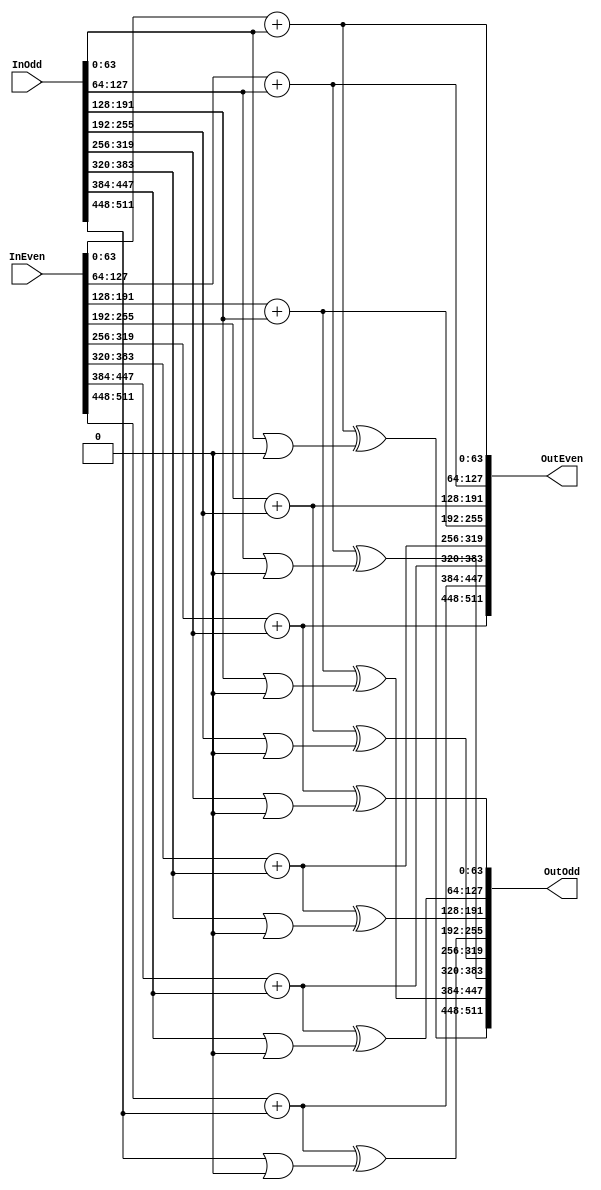
`timescale 1ns / 1ps
`default_nettype none

`define IDX64(x)            ((x) << 6)+:64
`define ROTL64(x, y)		(((x) << (y)) | ((x) >> (64 - (y))))

//`define PIPED_MIX8			1

`ifdef PIPED_MIX8

// Problem: Rotation constants aren't right for the output when piped
// Possible solution: Rotate the odd values before storing in TempOdd?
module SkeinMix8(output wire [511:0] OutEven, output wire [511:0] OutOdd, input wire [511:0] InEven, input wire [511:0] InOdd, input wire clk);
	
	parameter R0 = 0, R1 = 0, R2 = 0, R3 = 0, R4 = 0, R5 = 0, R6 = 0, R7 = 0;
	genvar x;
	
	wire [511:0] TempEven;
	reg [511:0] TempEven2, TempOdd;

	for(x = 0; x < 8; x = x + 1)
	begin : MIXADDLOOP
		//assign TempEven[`IDX64(x)] = InEven[`IDX64(x)] + InOdd[`IDX64(x)];
		TripleAdd64_Piped MuhAdd(InEven[`IDX64(x)], InOdd[`IDX64(x)], 64'h0, TempEven[`IDX64(x)], clk);
	end
	
	always @(posedge clk)
	begin
		TempEven2 <= TempEven;
		TempOdd[`IDX64(4)] <= `ROTL64(InOdd[`IDX64(4)], R4);
		TempOdd[`IDX64(6)] <= `ROTL64(InOdd[`IDX64(6)], R6);
		TempOdd[`IDX64(5)] <= `ROTL64(InOdd[`IDX64(5)], R5);
		TempOdd[`IDX64(7)] <= `ROTL64(InOdd[`IDX64(7)], R7);
		TempOdd[`IDX64(3)] <= `ROTL64(InOdd[`IDX64(3)], R3);
		TempOdd[`IDX64(1)] <= `ROTL64(InOdd[`IDX64(1)], R1);
		TempOdd[`IDX64(2)] <= `ROTL64(InOdd[`IDX64(2)], R2);
		TempOdd[`IDX64(0)] <= `ROTL64(InOdd[`IDX64(0)], R0);
	end
	
	// SkeinMix8 permutes the data in the same fashion,
	// every time. For the even half, it is:
	// (0, 1, 3, 2, 5, 6, 7, 4), and for the odd half:
	// (4, 6, 5, 7, 3, 1, 2, 0). These permutations will
	// cause the state to return to its original order
	// after it is done four times in the round functions.
	
	// This function is called a hell of a lot; keep it tighter
	// than a nun's tailhole.

    assign OutOdd[`IDX64(0)] = TempEven[`IDX64(4)] ^ TempOdd[`IDX64(4)];
	assign OutOdd[`IDX64(1)] = TempEven[`IDX64(6)] ^ TempOdd[`IDX64(6)];
	assign OutOdd[`IDX64(2)] = TempEven[`IDX64(5)] ^ TempOdd[`IDX64(5)];
	assign OutOdd[`IDX64(3)] = TempEven[`IDX64(7)] ^ TempOdd[`IDX64(7)];
	assign OutOdd[`IDX64(4)] = TempEven[`IDX64(3)] ^ TempOdd[`IDX64(3)];
	assign OutOdd[`IDX64(5)] = TempEven[`IDX64(1)] ^ TempOdd[`IDX64(1)];
	assign OutOdd[`IDX64(6)] = TempEven[`IDX64(2)] ^ TempOdd[`IDX64(2)];
	assign OutOdd[`IDX64(7)] = TempEven[`IDX64(0)] ^ TempOdd[`IDX64(0)];
	
	assign OutEven[`IDX64(0)] = TempEven[`IDX64(0)];
	assign OutEven[`IDX64(1)] = TempEven[`IDX64(1)];
	assign OutEven[`IDX64(2)] = TempEven[`IDX64(3)];
	assign OutEven[`IDX64(3)] = TempEven[`IDX64(2)];
	assign OutEven[`IDX64(4)] = TempEven[`IDX64(5)];
	assign OutEven[`IDX64(5)] = TempEven[`IDX64(6)];
	assign OutEven[`IDX64(6)] = TempEven[`IDX64(7)];
	assign OutEven[`IDX64(7)] = TempEven[`IDX64(4)];
endmodule


`else

module SkeinMix8(output wire [511:0] OutEven, output wire [511:0] OutOdd, input wire [511:0] InEven, input wire [511:0] InOdd);
	
	parameter R0 = 0, R1 = 0, R2 = 0, R3 = 0, R4 = 0, R5 = 0, R6 = 0, R7 = 0;
	genvar x;
	
	wire [511:0] TempEven, TempOdd;

	for(x = 0; x < 8; x = x + 1)
	begin : MIXADDLOOP
		assign TempEven[`IDX64(x)] = InEven[`IDX64(x)] + InOdd[`IDX64(x)];
	end
	
	// SkeinMix8 permutes the data in the same fashion,
	// every time. For the even half, it is:
	// (0, 1, 3, 2, 5, 6, 7, 4), and for the odd half:
	// (4, 6, 5, 7, 3, 1, 2, 0). These permutations will
	// cause the state to return to its original order
	// after it is done four times in the round functions.
	
	// This function is called a hell of a lot; keep it tighter
	// than a nun's tailhole.

    assign OutOdd[`IDX64(0)] = TempEven[`IDX64(4)] ^ `ROTL64(InOdd[`IDX64(4)], R4);
	assign OutOdd[`IDX64(1)] = TempEven[`IDX64(6)] ^ `ROTL64(InOdd[`IDX64(6)], R6);
	assign OutOdd[`IDX64(2)] = TempEven[`IDX64(5)] ^ `ROTL64(InOdd[`IDX64(5)], R5);
	assign OutOdd[`IDX64(3)] = TempEven[`IDX64(7)] ^ `ROTL64(InOdd[`IDX64(7)], R7);
	assign OutOdd[`IDX64(4)] = TempEven[`IDX64(3)] ^ `ROTL64(InOdd[`IDX64(3)], R3);
	assign OutOdd[`IDX64(5)] = TempEven[`IDX64(1)] ^ `ROTL64(InOdd[`IDX64(1)], R1);
	assign OutOdd[`IDX64(6)] = TempEven[`IDX64(2)] ^ `ROTL64(InOdd[`IDX64(2)], R2);
	assign OutOdd[`IDX64(7)] = TempEven[`IDX64(0)] ^ `ROTL64(InOdd[`IDX64(0)], R0);
	
	assign OutEven[`IDX64(0)] = TempEven[`IDX64(0)];
	assign OutEven[`IDX64(1)] = TempEven[`IDX64(1)];
	assign OutEven[`IDX64(2)] = TempEven[`IDX64(3)];
	assign OutEven[`IDX64(3)] = TempEven[`IDX64(2)];
	assign OutEven[`IDX64(4)] = TempEven[`IDX64(5)];
	assign OutEven[`IDX64(5)] = TempEven[`IDX64(6)];
	assign OutEven[`IDX64(6)] = TempEven[`IDX64(7)];
	assign OutEven[`IDX64(7)] = TempEven[`IDX64(4)];
endmodule

`endif

module SkeinEvenRound(output wire [1023:0] Out, input wire clk, input wire [1023:0] In);
	
	genvar x;

	// MixInputs holds the even qwords in its low half,
	// and holds the odd qwords in its high half.
	reg [1023:0] MixInputs[2:0];
	wire [1023:0] FirstMixInput;
	wire [1023:0] MixOutputs[3:0];
	
	assign FirstMixInput[`IDX64(0)] = In[`IDX64(0)];
	assign FirstMixInput[`IDX64(1)] = In[`IDX64(2)];
	assign FirstMixInput[`IDX64(2)] = In[`IDX64(4)];
	assign FirstMixInput[`IDX64(3)] = In[`IDX64(6)];
	assign FirstMixInput[`IDX64(4)] = In[`IDX64(8)];
	assign FirstMixInput[`IDX64(5)] = In[`IDX64(10)];
	assign FirstMixInput[`IDX64(6)] = In[`IDX64(12)];
	assign FirstMixInput[`IDX64(7)] = In[`IDX64(14)];
	
	assign FirstMixInput[`IDX64(8)] = In[`IDX64(1)];
	assign FirstMixInput[`IDX64(9)] = In[`IDX64(3)];
	assign FirstMixInput[`IDX64(10)] = In[`IDX64(5)];
	assign FirstMixInput[`IDX64(11)] = In[`IDX64(7)];
	assign FirstMixInput[`IDX64(12)] = In[`IDX64(9)];
	assign FirstMixInput[`IDX64(13)] = In[`IDX64(11)];
	assign FirstMixInput[`IDX64(14)] = In[`IDX64(13)];
	assign FirstMixInput[`IDX64(15)] = In[`IDX64(15)];
	
	`ifdef PIPED_MIX8
	SkeinMix8 #(.R0(55), .R1(43), .R2(37), .R3(40), .R4(16), .R5(22), .R6(38), .R7(12)) Mix0(MixOutputs[0][511:0], MixOutputs[0][1023:512], FirstMixInput[511:0], FirstMixInput[1023:512], clk);
	SkeinMix8 #(.R0(25), .R1(25), .R2(46), .R3(13), .R4(14), .R5(13), .R6(52), .R7(57)) Mix1(MixOutputs[1][511:0], MixOutputs[1][1023:512], MixInputs[0][511:0], MixInputs[0][1023:512], clk);
	SkeinMix8 #(.R0(33), .R1( 8), .R2(18), .R3(57), .R4(21), .R5(12), .R6(32), .R7(54)) Mix2(MixOutputs[2][511:0], MixOutputs[2][1023:512], MixInputs[1][511:0], MixInputs[1][1023:512], clk);
	SkeinMix8 #(.R0(34), .R1(43), .R2(25), .R3(60), .R4(44), .R5( 9), .R6(59), .R7(34)) Mix3(MixOutputs[3][511:0], MixOutputs[3][1023:512], MixInputs[2][511:0], MixInputs[2][1023:512], clk);
	`else
	SkeinMix8 #(.R0(55), .R1(43), .R2(37), .R3(40), .R4(16), .R5(22), .R6(38), .R7(12)) Mix0(MixOutputs[0][511:0], MixOutputs[0][1023:512], FirstMixInput[511:0], FirstMixInput[1023:512]);
	SkeinMix8 #(.R0(25), .R1(25), .R2(46), .R3(13), .R4(14), .R5(13), .R6(52), .R7(57)) Mix1(MixOutputs[1][511:0], MixOutputs[1][1023:512], MixInputs[0][511:0], MixInputs[0][1023:512]);
	SkeinMix8 #(.R0(33), .R1( 8), .R2(18), .R3(57), .R4(21), .R5(12), .R6(32), .R7(54)) Mix2(MixOutputs[2][511:0], MixOutputs[2][1023:512], MixInputs[1][511:0], MixInputs[1][1023:512]);
	SkeinMix8 #(.R0(34), .R1(43), .R2(25), .R3(60), .R4(44), .R5( 9), .R6(59), .R7(34)) Mix3(MixOutputs[3][511:0], MixOutputs[3][1023:512], MixInputs[2][511:0], MixInputs[2][1023:512]);
	`endif
	
	always @(posedge clk)
	begin
		MixInputs[0] <= MixOutputs[0];
		MixInputs[1] <= MixOutputs[1];
		MixInputs[2] <= MixOutputs[2];
	end

	// We must un-do the even/odd seperation, creating this permutation:
	// (0, 8, 1, 9, 2, 10, 3, 11, 4, 12, 5, 13, 6, 14, 7, 15)

	assign Out[`IDX64(0)] = MixOutputs[3][`IDX64(0)];
	assign Out[`IDX64(2)] = MixOutputs[3][`IDX64(1)];
	assign Out[`IDX64(4)] = MixOutputs[3][`IDX64(2)];
	assign Out[`IDX64(6)] = MixOutputs[3][`IDX64(3)];
	assign Out[`IDX64(8)] = MixOutputs[3][`IDX64(4)];
	assign Out[`IDX64(10)] = MixOutputs[3][`IDX64(5)];
	assign Out[`IDX64(12)] = MixOutputs[3][`IDX64(6)];
	assign Out[`IDX64(14)] = MixOutputs[3][`IDX64(7)];

	assign Out[`IDX64(1)] = MixOutputs[3][`IDX64(8)];
	assign Out[`IDX64(3)] = MixOutputs[3][`IDX64(9)];
	assign Out[`IDX64(5)] = MixOutputs[3][`IDX64(10)];
	assign Out[`IDX64(7)] = MixOutputs[3][`IDX64(11)];
	assign Out[`IDX64(9)] = MixOutputs[3][`IDX64(12)];
	assign Out[`IDX64(11)] = MixOutputs[3][`IDX64(13)];
	assign Out[`IDX64(13)] = MixOutputs[3][`IDX64(14)];
	assign Out[`IDX64(15)] = MixOutputs[3][`IDX64(15)];
endmodule

module SkeinOddRound(output wire [1023:0] Out, input wire clk, input wire [1023:0] In);
	
	genvar x;

	// MixInputs holds the even qwords in its low half,
	// and holds the odd qwords in its high half.
	reg [1023:0] MixInputs[2:0];
	wire [1023:0] FirstMixInput;
	wire [1023:0] MixOutputs[3:0];

	assign FirstMixInput[`IDX64(0)] = In[`IDX64(0)];
	assign FirstMixInput[`IDX64(8)] = In[`IDX64(1)];
	assign FirstMixInput[`IDX64(1)] = In[`IDX64(2)];
	assign FirstMixInput[`IDX64(9)] = In[`IDX64(3)];
	assign FirstMixInput[`IDX64(2)] = In[`IDX64(4)];
	assign FirstMixInput[`IDX64(10)] = In[`IDX64(5)];
	assign FirstMixInput[`IDX64(3)] = In[`IDX64(6)];
	assign FirstMixInput[`IDX64(11)] = In[`IDX64(7)];
	
	assign FirstMixInput[`IDX64(4)] = In[`IDX64(8)];
	assign FirstMixInput[`IDX64(12)] = In[`IDX64(9)];
	assign FirstMixInput[`IDX64(5)] = In[`IDX64(10)];
	assign FirstMixInput[`IDX64(13)] = In[`IDX64(11)];
	assign FirstMixInput[`IDX64(6)] = In[`IDX64(12)];
	assign FirstMixInput[`IDX64(14)] = In[`IDX64(13)];
	assign FirstMixInput[`IDX64(7)] = In[`IDX64(14)];
	assign FirstMixInput[`IDX64(15)] = In[`IDX64(15)];
	
	`ifdef PIPED_MIX8
	SkeinMix8 #(.R0(28), .R1( 7), .R2(47), .R3(48), .R4(51), .R5( 9), .R6(35), .R7(41)) Mix0(MixOutputs[0][511:0], MixOutputs[0][1023:512], FirstMixInput[511:0], FirstMixInput[1023:512], clk);
	SkeinMix8 #(.R0(17), .R1( 6), .R2(18), .R3(25), .R4(43), .R5(42), .R6(40), .R7(15)) Mix1(MixOutputs[1][511:0], MixOutputs[1][1023:512], MixInputs[0][511:0], MixInputs[0][1023:512], clk);
	SkeinMix8 #(.R0(58), .R1( 7), .R2(32), .R3(45), .R4(19), .R5(18), .R6( 2), .R7(56)) Mix2(MixOutputs[2][511:0], MixOutputs[2][1023:512], MixInputs[1][511:0], MixInputs[1][1023:512], clk);
	SkeinMix8 #(.R0(47), .R1(49), .R2(27), .R3(58), .R4(37), .R5(48), .R6(53), .R7(56)) Mix3(MixOutputs[3][511:0], MixOutputs[3][1023:512], MixInputs[2][511:0], MixInputs[2][1023:512], clk);
	`else
	SkeinMix8 #(.R0(28), .R1( 7), .R2(47), .R3(48), .R4(51), .R5( 9), .R6(35), .R7(41)) Mix0(MixOutputs[0][511:0], MixOutputs[0][1023:512], FirstMixInput[511:0], FirstMixInput[1023:512]);
	SkeinMix8 #(.R0(17), .R1( 6), .R2(18), .R3(25), .R4(43), .R5(42), .R6(40), .R7(15)) Mix1(MixOutputs[1][511:0], MixOutputs[1][1023:512], MixInputs[0][511:0], MixInputs[0][1023:512]);
	SkeinMix8 #(.R0(58), .R1( 7), .R2(32), .R3(45), .R4(19), .R5(18), .R6( 2), .R7(56)) Mix2(MixOutputs[2][511:0], MixOutputs[2][1023:512], MixInputs[1][511:0], MixInputs[1][1023:512]);
	SkeinMix8 #(.R0(47), .R1(49), .R2(27), .R3(58), .R4(37), .R5(48), .R6(53), .R7(56)) Mix3(MixOutputs[3][511:0], MixOutputs[3][1023:512], MixInputs[2][511:0], MixInputs[2][1023:512]);
	`endif
	
	always @(posedge clk)
	begin
		MixInputs[0] <= MixOutputs[0];
		MixInputs[1] <= MixOutputs[1];
		MixInputs[2] <= MixOutputs[2];
	end

	// We must un-do the even/odd seperation, creating this permutation:
	// (0, 8, 1, 9, 2, 10, 3, 11, 4, 12, 5, 13, 6, 14, 7, 15)

	assign Out[`IDX64(0)] = MixOutputs[3][`IDX64(0)];
	assign Out[`IDX64(1)] = MixOutputs[3][`IDX64(8)];
	assign Out[`IDX64(2)] = MixOutputs[3][`IDX64(1)];
	assign Out[`IDX64(3)] = MixOutputs[3][`IDX64(9)];
	assign Out[`IDX64(4)] = MixOutputs[3][`IDX64(2)];
	assign Out[`IDX64(5)] = MixOutputs[3][`IDX64(10)];
	assign Out[`IDX64(6)] = MixOutputs[3][`IDX64(3)];
	assign Out[`IDX64(7)] = MixOutputs[3][`IDX64(11)];

	assign Out[`IDX64(8)] = MixOutputs[3][`IDX64(4)];
	assign Out[`IDX64(9)] = MixOutputs[3][`IDX64(12)];
	assign Out[`IDX64(10)] = MixOutputs[3][`IDX64(5)];
	assign Out[`IDX64(11)] = MixOutputs[3][`IDX64(13)];
	assign Out[`IDX64(12)] = MixOutputs[3][`IDX64(6)];
	assign Out[`IDX64(13)] = MixOutputs[3][`IDX64(14)];
	assign Out[`IDX64(14)] = MixOutputs[3][`IDX64(7)];
	assign Out[`IDX64(15)] = MixOutputs[3][`IDX64(15)];
endmodule